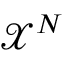
\mathcal { X } ^ { N }